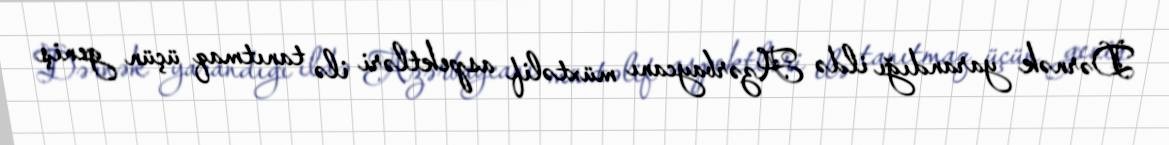
Dərnək yarandığı ildə Azərbaycanı müxtəlif aspektləri ilə tanıtmaq üçün geniş